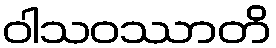
ဝါသဝဿာတိ